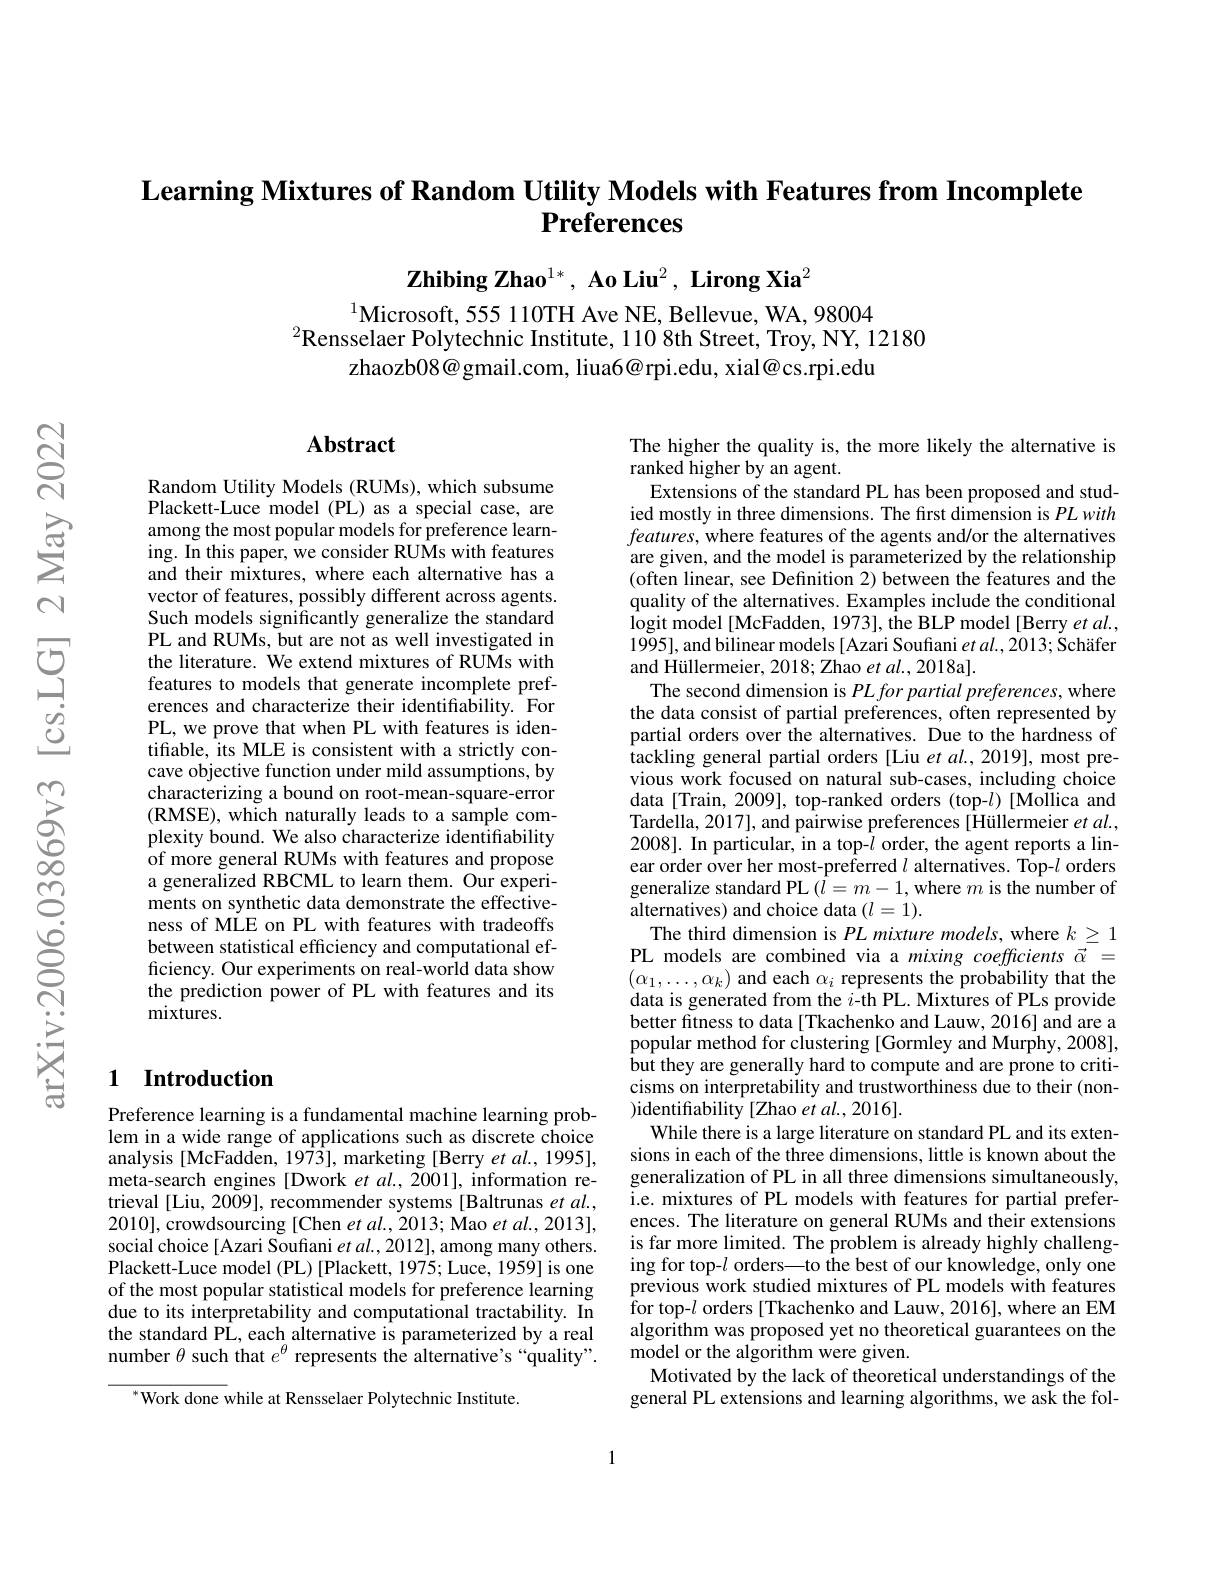
Learning Mixtures of Random Utility Models with Features from Incomplete
# $\textbf{Preferences}$

Zhibing Zhao$^{1*},\textbf{ Ao Liu}^2,\textbf{ Lirong Xia}^2$

$^{1}$Microsoft, 555 110TH Ave NE, Bellevue, WA, 98004
$^{2}$Rensselaer Polytechnic Institute, 110 8th Street, Troy, NY, 12180
zhaozb08@ gmail.com, liua6@ rpi.edu, xial@ cs.rpi.edu

## Abstract

Random Utility Models (RUMs), which subsume Plackett-Luce model (PL) as a special case, are among the most popular models for preference learning. In this paper, we consider RUMs with features and their mixtures, where each alternative has a vector of features, possibly different across agents. Such models significantly generalize the standard PL and RUMs, but are not as well investigated in the literature. We extend mixtures of RUMs with features to models that generate incomplete preferences and characterize their identifiability. For PL, we prove that when PL with features is identifiable, its MLE is consistent with a strictly concave objective function under mild assumptions, by characterizing a bound on root-mean-square-error $( \mathbf{RMSE}) $, which naturally leads to a sample com- plexity bound. We also characterize identifiability of more general RUMs with features and propose a generalized RBCML to learn them. Our experiments on synthetic data demonstrate the effectiveness of MLE on PL with features with tradeoffs between statistical efficiency and computational efficiency. Our experiments on real-world data show the prediction power of PL with features and its $\hat{\text{mixtures}}.$

## 1 Introduction

Preference learning is a fundamental machine learning problem in a wide range of applications such as discrete choice analysis [McFadden, 1973], marketing [Berry et al., 1995], meta-search engines [Dwork et al., 2001], information retrieval [Liu, 2009], recommender systems [Baltrunas et al. 2010],crowdsourcing[Chen $etal.,2013;$Mao $etal.,2013]$, social choice [Azari Soufiani $et\textit{al. , 2012}] $,among many others. Plackett-Luce model (PL)[Plackett, 1975; Luce, 1959] is one of the most popular statistical models for preference learning due to its interpretability and computational tractability. In the standard PL, each alternative is parameterized by a real number $\theta$ such that $e^\theta$ represents the alternative's“quality”.
$^{*}$Work done while at Rensselaer Polytechnic Institute.

The higher the quality is, the more likely the alternative is
ranked higher by an agent.
Extensions of the standard PL has been proposed and studied mostly in three dimensions. The first dimension is PLwith $features$, where features of the agents and/or the alternatives are given, and the model is parameterized by the relationship (often linear, see Definition 2) between the features and the quality of the alternatives. Examples include the conditional logit model[McFadden, 1973], the BLP model[Berry et $al.$, 1995], and bilinear models [ Azari Soufiani et al., 2013; Schäfer and Hüllermeier, 2018; Zhao et $al.,2018$a].
The second dimension is PLforpartial preferences, where the data consist of partial preferences, often represented by partial orders over the alternatives. Due to the hardness of tackling general partial orders [ Liu et al. , 2019] , most pre- vious work focused on natural sub-cases, including choice data[Train, 2009], top-ranked orders (top-$l)$ [Mollica and Tardella, 2017], and pairwise preferences [Hüllermeier $et$ al., 2008]. In particular, in a top-$l$ order, the agent reports a linear order over her most-preferred $l$ alternatives. Top-$l$ orders generalize standard PL $(l=m-1$,where $m$ is the number of alternatives) and choice data $(l=1).$
The third dimension is PL mixture models, where $k\geq1$ PL models are combined via a mixing coefficients $\vec{\alpha}=$ $(\alpha_{1},\ldots,\alpha_{k})$ and each $\alpha_i$ represents the probability that the data is generated from the $i$-th PL. Mixtures of PLs provide better fitness to data[Tkachenko and Lauw, 2016] and are a popular method for clustering [Gormley and Murphy, 2008], but they are generally hard to compute and are prone to criticisms on interpretability and trustworthiness due to their (non- )identifiability [Zhao et al., 2016].
While there is a large literature on standard PL and its extensions in each of the three dimensions, little is known about the generalization of PL in all three dimensions simultaneously, i.e. mixtures of PL models with features for partial preferences. The literature on general RUMs and their extensions is far more limited. The problem is already highly challenging for top-$l$ orders—to the best of our knowledge, only one previous work studied mixtures of PL models with features ${\hat{\text{for top-}}l\mathrm{~orders~[Tkachenko~and~Lauw,~2016],~where~an~EM}}$ algorithm was proposed yet no theoretical guarantees on the model or the algorithm were given.
Motivated by the lack of theoretical understandings of the general PL extensions and learning algorithms, we ask the fol-

1